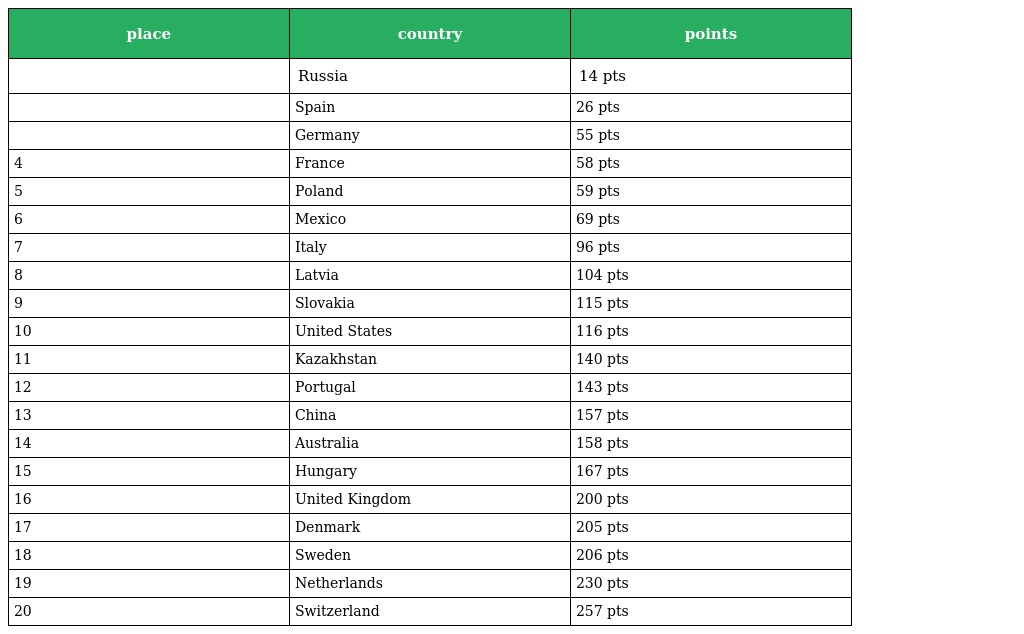
| place | country | points |
 | --- | --- | --- |
 |  | Russia | 14 pts |
 |  | Spain | 26 pts |
 |  | Germany | 55 pts |
 | 4 | France | 58 pts |
 | 5 | Poland | 59 pts |
 | 6 | Mexico | 69 pts |
 | 7 | Italy | 96 pts |
 | 8 | Latvia | 104 pts |
 | 9 | Slovakia | 115 pts |
 | 10 | United States | 116 pts |
 | 11 | Kazakhstan | 140 pts |
 | 12 | Portugal | 143 pts |
 | 13 | China | 157 pts |
 | 14 | Australia | 158 pts |
 | 15 | Hungary | 167 pts |
 | 16 | United Kingdom | 200 pts |
 | 17 | Denmark | 205 pts |
 | 18 | Sweden | 206 pts |
 | 19 | Netherlands | 230 pts |
 | 20 | Switzerland | 257 pts |